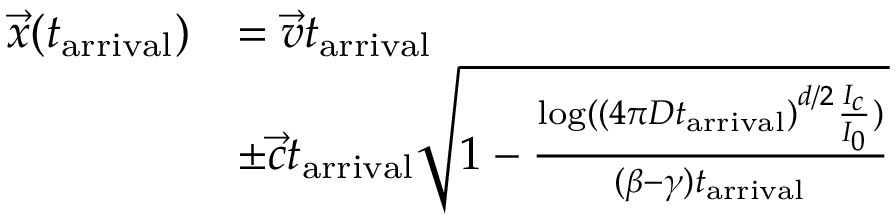
\begin{array} { r l } { \vec { x } ( t _ { \mathrm { a r r i v a l } } ) } & { = \vec { v } t _ { \mathrm { a r r i v a l } } } \\ & { \pm \vec { c } t _ { \mathrm { a r r i v a l } } \sqrt { 1 - \frac { \log ( \left( 4 \pi D t _ { \mathrm { a r r i v a l } } \right) ^ { d / 2 } \frac { I _ { c } } { I _ { 0 } } ) } { ( \beta - \gamma ) t _ { \mathrm { a r r i v a l } } } } } \end{array}